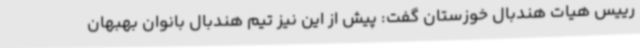
رییس هیات هندبال خوزستان گفت: پیش از این نیز تیم هندبال بانوان بهبهان